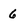
Character: 6